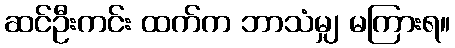
ဆင်ဦးကင်း ထက်က ဘာသံမျှ မကြားရ။